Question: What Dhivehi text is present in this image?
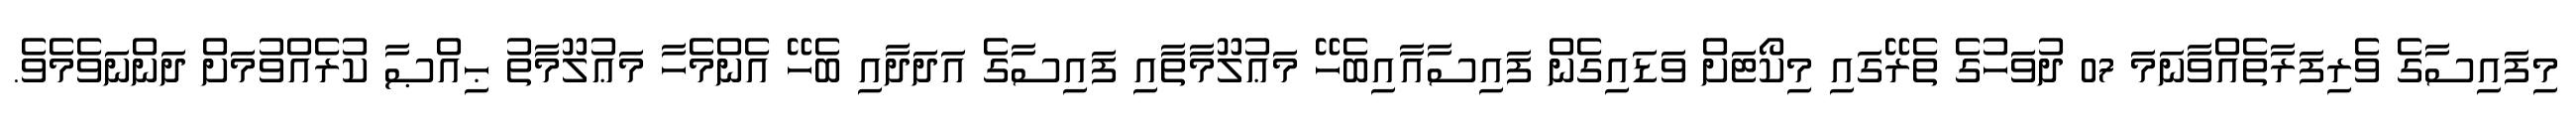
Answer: މިފައިސާގެ ވެރިފަރާތެއްވާނަމަ 07 ދުވަހުގެ ތެރޭގައި މިކޯޓަށް ވަޑައިގެން ފައިސާއާއިބެހޭ މަޢުލޫމާތާއި ފައިސާގެ އަދަދާއި ބެހޭ އެންމެހާ މަޢުލޫމާތު ޙިއްޞާ ކުރެއްވުމަށް ދަންނަވެމެވެ.